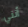
أنني